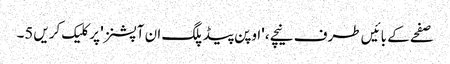
صفحے کے بائیں طرف نیچے، 'اوپن پیڈ پلگ ان آپشنز' پر کلیک کریں5۔